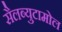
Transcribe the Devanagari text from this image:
सैलब्युटामोल